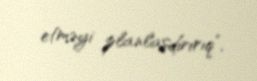
etməyi planlaşdırırıq”.